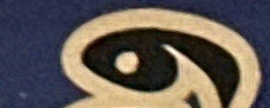
و